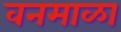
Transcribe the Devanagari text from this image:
वनमाळा